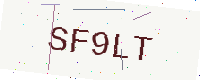
Text: SF9LT